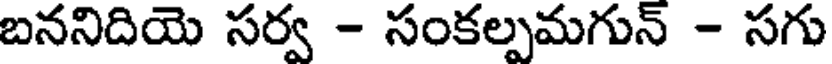
బననిదియె సర్వ - సంకల్పమగున్ - సగు